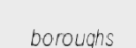
boroughs